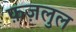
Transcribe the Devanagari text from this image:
फ़ज़लुल